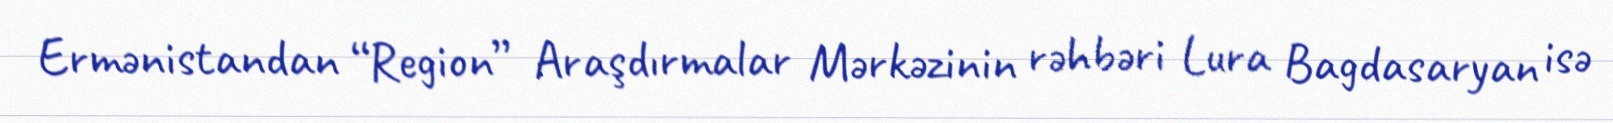
Ermənistandan “Region” Araşdırmalar Mərkəzinin rəhbəri Lura Bagdasaryan isə